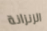
الزنزانة